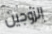
الزوجين